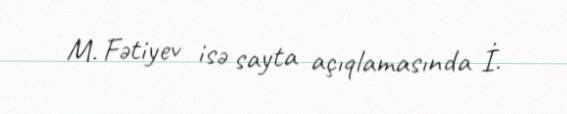
M. Fətiyev isə sayta açıqlamasında İ.